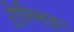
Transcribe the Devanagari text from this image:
ऱोल्लिङ